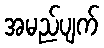
အမည်ပျက်